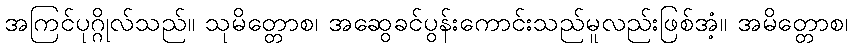
အကြင်ပုဂ္ဂိုလ်သည်။ သုမိတ္တောစ၊ အဆွေခင်ပွန်းကောင်းသည်မူလည်းဖြစ်အံ့။ အမိတ္တောစ၊